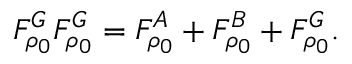
F _ { \rho _ { 0 } } ^ { G } F _ { \rho _ { 0 } } ^ { G } = F _ { \rho _ { 0 } } ^ { A } + F _ { \rho _ { 0 } } ^ { B } + F _ { \rho _ { 0 } } ^ { G } .